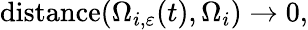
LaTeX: \begin{array}{r}{\mathrm{distance}(\Omega_{i,\varepsilon}(t),\Omega_{i})\to 0,}\end{array}